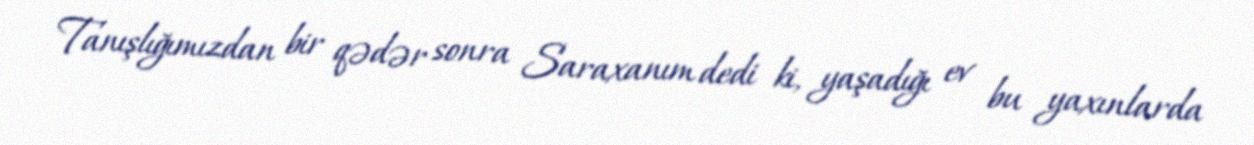
Tanışlığımızdan bir qədər sonra Saraxanım dedi ki, yaşadığı ev bu yaxınlarda